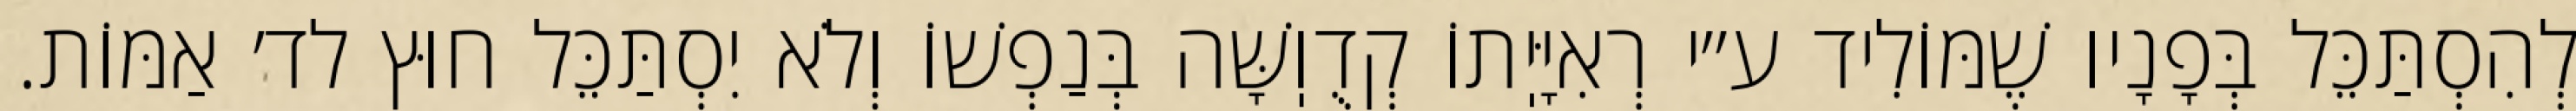
לְהִסְתַּכֵּל בְּפָנָיו שֶׁמּוֹלִיד ע״י רְאִיָּיֽתוֹ קְדֻוֽשָּׁה בְּנַפְשׁוֹ וְלֹא יִסְתַּכֵּל חוּץ לד׳ אַמּוֹת.